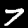
Label: 7